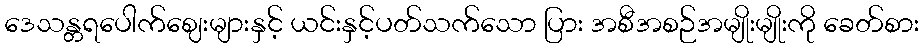
ဒေသန္တရပေါက်ဈေးများနှင့် ယင်းနှင့်ပတ်သက်သော ပြား အစီအစဉ်အမျိုးမျိုးကို ခေတ်စား